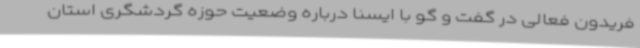
فریدون فعالی در گفت و گو با ایسنا درباره وضعیت حوزه گردشگری استان